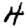
Digit: 4